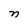
Character: n